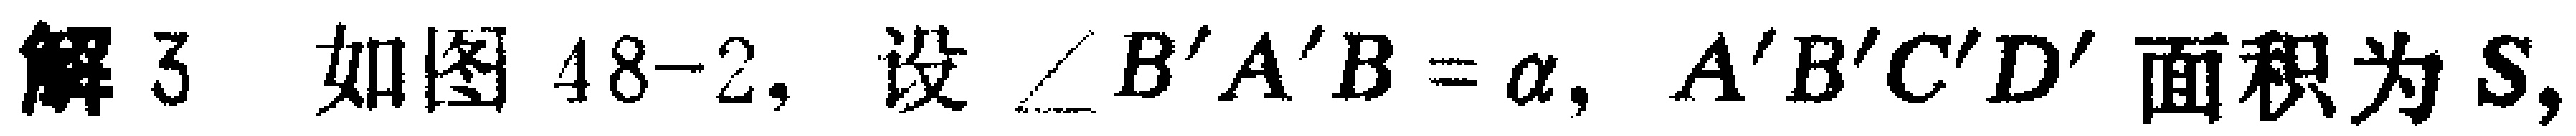
解 3 如图 48-2, 设 $\angle B'A'B = \alpha$, $A'B'C'D'$ 面积为 $S$,